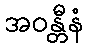
အဝန္တီနံ